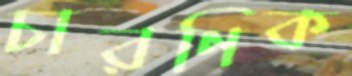
চারণিক